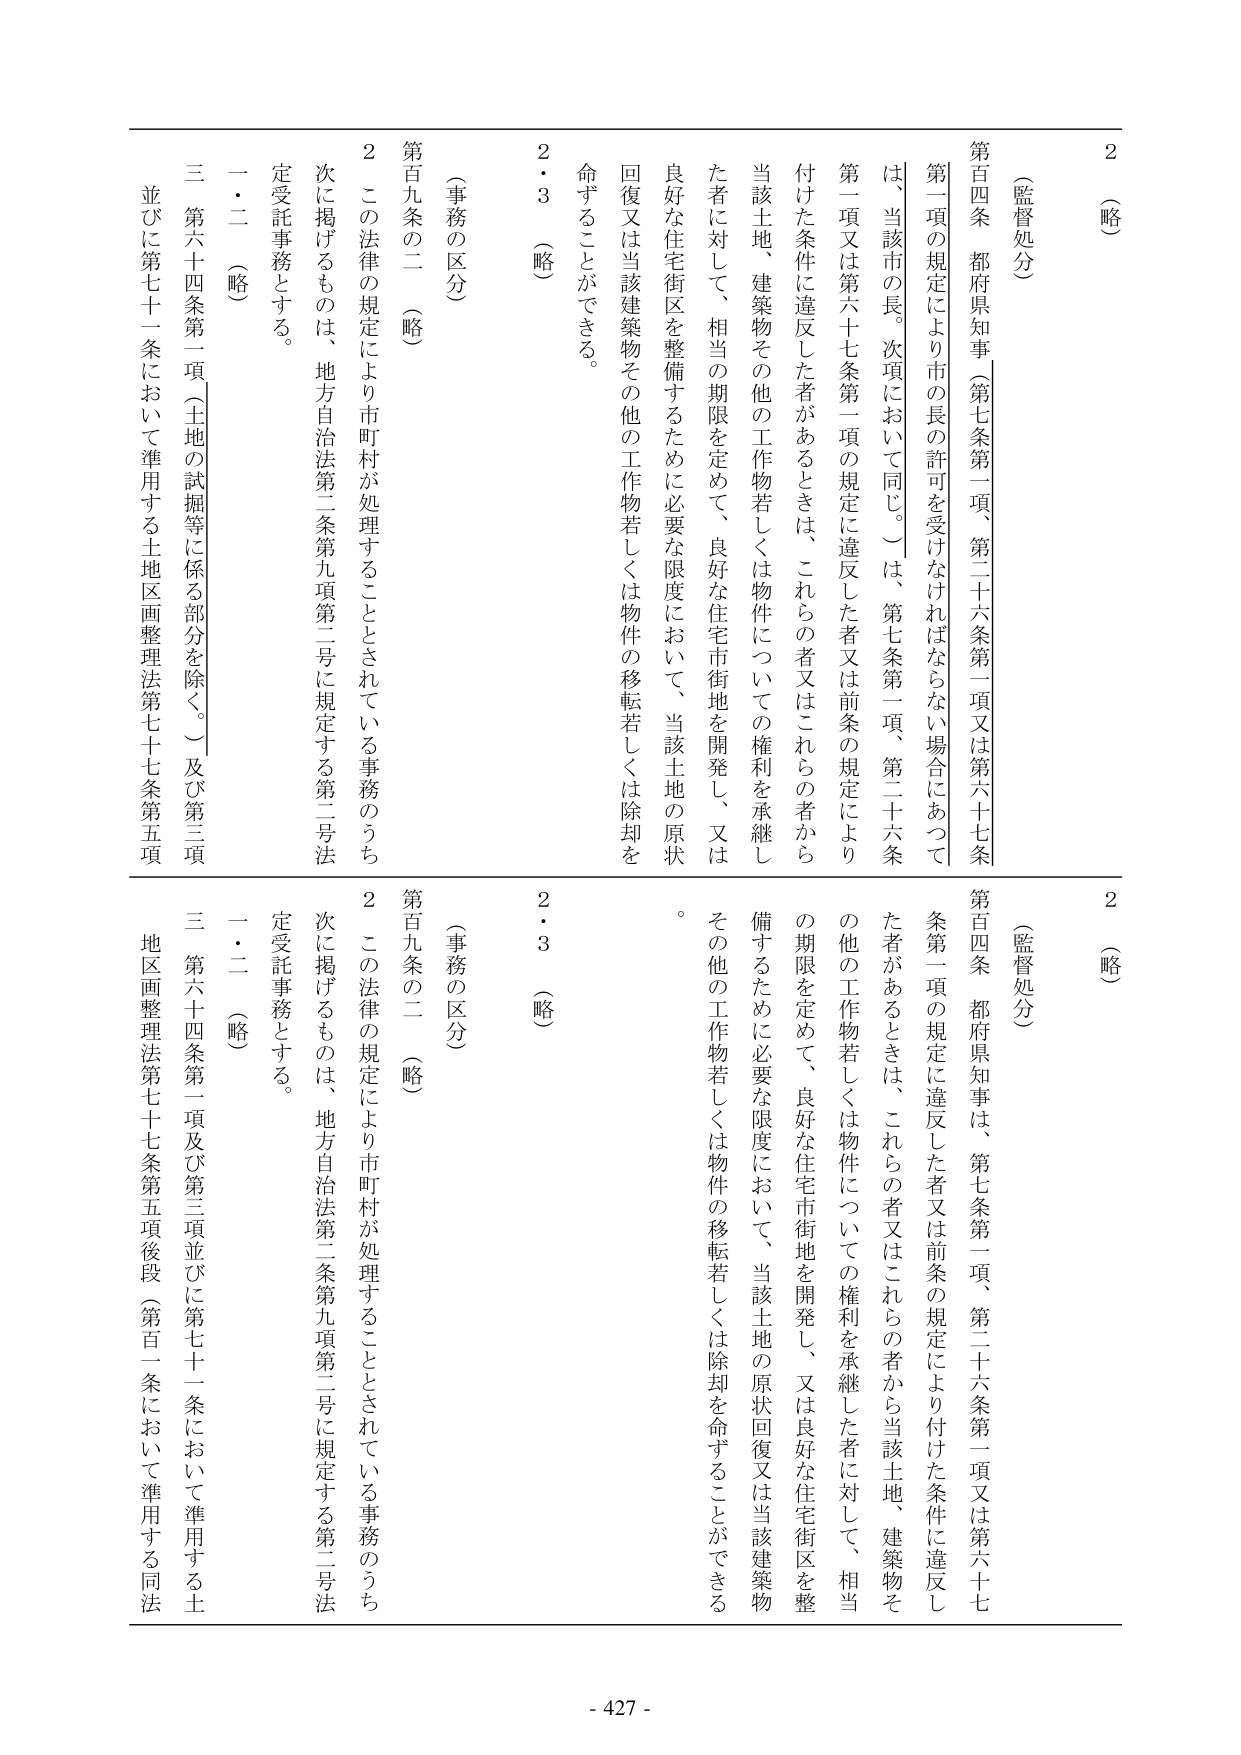
2 （略）

（監督処分）
第百四条 都府県知事（第七条第一項、第二十六条第一項又は第六十七条第一項の規定により市長の許可を受けなければならない場合にあつては、当該市の長。次項において同じ。）は、第七条第一項、第二十六条第一項又は第六十七条第一項の規定に違反した者又は前条の規定により付けた条件に違反した者があるときは、これらの者又はこれらの者から当該土地、建築物その他の工作物若しくは物件についての権利を承継した者に対して、相当の期限を定めて、良好な住宅市街地を開発し、又は良好な住宅街区を整備するために必要な限度において、当該土地の原状回復又は当該建築物その他の工作物若しくは物件の移転若しくは除却を命ずることができる。

2・3 （略）

（事務の区分）
第百九条の二 （略）
2 この法律の規定により市町村が処理することとされている事務のうち次に掲げるものは、地方自治法第二条第九項第二号に規定する第二号法定受託事務とする。
一・二 （略）
三 第六十四条第一項（土地の試掘等に係る部分を除く。）及び第三項並びに第七十一条において準用する土地区画整理法第七十七条第五項

2 （略）

（監督処分）
第百四条 都府県知事は、第七条第一項、第二十六条第一項又は第六十七条第一項の規定に違反した者又は前条の規定により付けた条件に違反した者があるときは、これらの者又はこれらの者から当該土地、建築物その他の工作物若しくは物件についての権利を承継した者に対して、相当の期限を定めて、良好な住宅市街地を開発し、又は良好な住宅街区を整備するために必要な限度において、当該土地の原状回復又は当該建築物その他の工作物若しくは物件の移転若しくは除却を命ずることができる。

2・3 （略）

（事務の区分）
第百九条の二 （略）
2 この法律の規定により市町村が処理することとされている事務のうち次に掲げるものは、地方自治法第二条第九項第二号に規定する第二号法定受託事務とする。
一・二 （略）
三 第六十四条第一項及び第三項並びに第七十一条において準用する土地区画整理法第七十七条第五項後段（第百一条において準用する同法

- 427 -